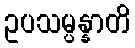
ဥပသမ္ပန္နာတိ